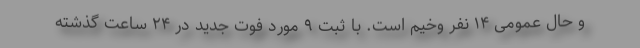
و حال عمومی ۱۴ نفر وخیم است. با ثبت ۹ مورد فوت جدید در ۲۴ ساعت گذشته